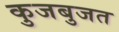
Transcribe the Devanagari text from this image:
कुजबुजत